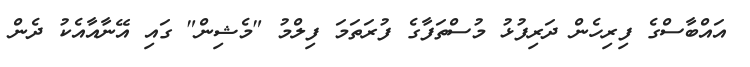
އައްބާސްގެ ފިރިހެން ދަރިފުޅު މުސްތަފާގެ ފުރަތަމަ ފިލްމު "މެޝިން" ގައި އޭނާއާއެކު ދެން